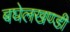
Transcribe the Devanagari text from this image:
बघेलखण्डी